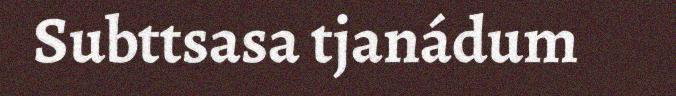
Subttsasa tjanádum